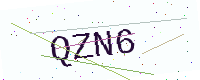
Text: QZN6